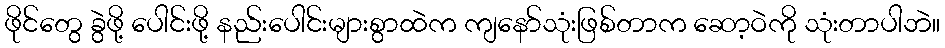
ဖိုင်တွေ ခွဲဖို့ ပေါင်းဖို့ နည်းပေါင်းများစွာထဲက ကျနော်သုံးဖြစ်တာက ဆော့ဝဲကို သုံးတာပါဘဲ။